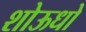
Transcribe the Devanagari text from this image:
शोऊधो